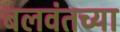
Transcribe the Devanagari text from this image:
बलवंतच्या